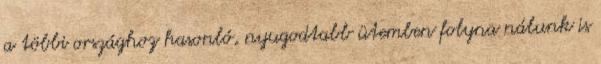
a többi országhoz hasonló, nyugodtabb ütemben folyna nálunk is